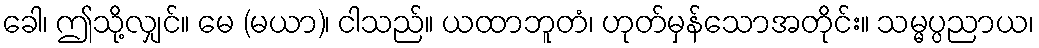
ခေါ၊ ဤသို့လျှင်။ မေ (မယာ)၊ ငါသည်။ ယထာဘူတံ၊ ဟုတ်မှန်သောအတိုင်း။ သမ္မပ္ပညာယ၊